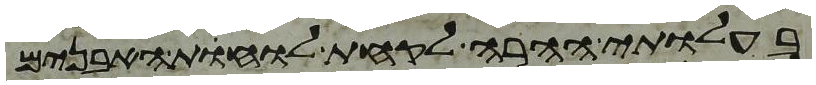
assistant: בעלותי ההרה לקחת לוחות האבנים